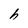
Character: h